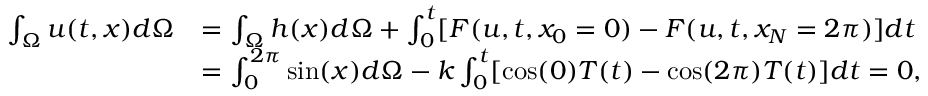
\begin{array} { r l } { \int _ { \Omega } u ( t , x ) d \Omega } & { = \int _ { \Omega } h ( x ) d \Omega + \int _ { 0 } ^ { t } [ F ( u , t , x _ { 0 } = 0 ) - F ( u , t , x _ { N } = 2 \pi ) ] d t } \\ & { = \int _ { 0 } ^ { 2 \pi } \sin ( x ) d \Omega - k \int _ { 0 } ^ { t } [ \cos ( 0 ) T ( t ) - \cos ( 2 \pi ) T ( t ) ] d t = 0 , } \end{array}